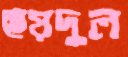
ছয়দুল